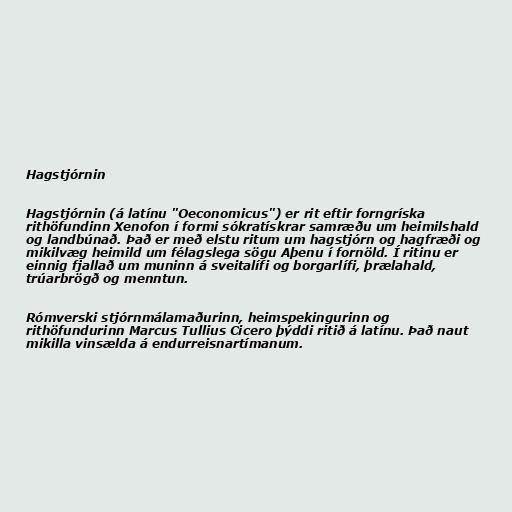
Hagstjórnin

Hagstjórnin (á latínu "Oeconomicus") er rit eftir forngríska
rithöfundinn Xenofon í formi sókratískrar samræðu um heimilshald
og landbúnað. Það er með elstu ritum um hagstjórn og hagfræði og
mikilvæg heimild um félagslega sögu Aþenu í fornöld. Í ritinu er
einnig fjallað um muninn á sveitalífi og borgarlífi, þrælahald,
trúarbrögð og menntun.

Rómverski stjórnmálamaðurinn, heimspekingurinn og
rithöfundurinn Marcus Tullius Cicero þýddi ritið á latínu. Það naut
mikilla vinsælda á endurreisnartímanum.